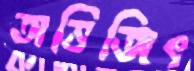
অভিজিৎ